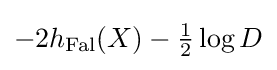
{\textstyle -2h_{\mathrm {Fal} }(X)-{\frac {1}{2}}\log D}